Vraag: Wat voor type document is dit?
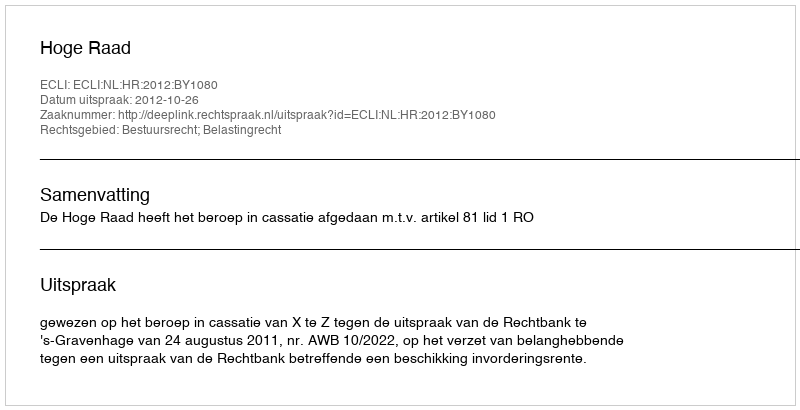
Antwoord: Uitspraak